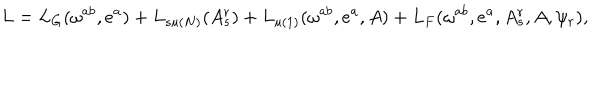
L = L _ { G } ( \omega ^ { a b } , e ^ { a } ) + L _ { s u ( N ) } ( A _ { s } ^ { r } ) + L _ { u ( 1 ) } ( \omega ^ { a b } , e ^ { a } , A ) + L _ { F } ( \omega ^ { a b } , e ^ { a } , A _ { s } ^ { r } , A , \psi _ { r } ) ,